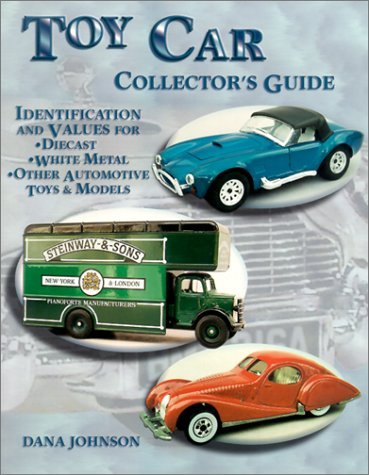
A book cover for By Dana Johnson Toy Car Collector's Guide: Identification and Values for Diecast, White Metal, Other Automotive Toys [Paperback]; Crafts, Hobbies & Home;